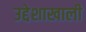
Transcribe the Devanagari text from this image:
उद्देशाखाली